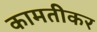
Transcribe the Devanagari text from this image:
कामतीकर